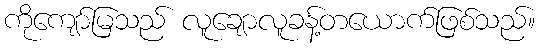
ကိုကျော်မြသည် လူချောလူခန့်တယောက်ဖြစ်သည်။